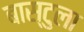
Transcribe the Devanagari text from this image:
बास्टुला